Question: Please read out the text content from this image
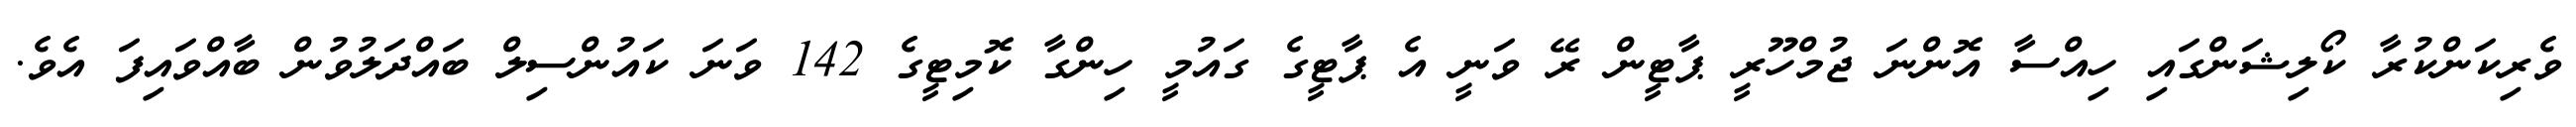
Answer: ވެރިކަންކުރާ ކޯލިޝަންގައި ހިއްސާ އޮންނަ ޖުމްހޫރީ ޕާޓީން ރޭ ވަނީ އެ ޕާޓީގެ ގައުމީ ހިންގާ ކޮމިޓީގެ 142 ވަނަ ކައުންސިލް ބައްދަލުވުން ބާއްވައިފަ އެވެ.